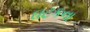
ઘટકના